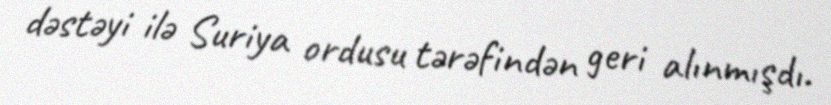
dəstəyi ilə Suriya ordusu tərəfindən geri alınmışdı.